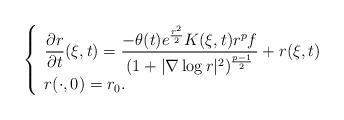
LaTeX: \begin{align*}\left\{\begin{array}{l}\displaystyle \frac{\partial r}{\partial t}(\xi,t)=\frac{-\theta(t) e^{\frac{r^2}{2}}K(\xi,t)r^pf}{(1+|\nabla \log r|^2)^{\frac{p-1}{2}}}+r(\xi,t)\\r(\cdot,0)=r_0.\end{array}\right.\end{align*}